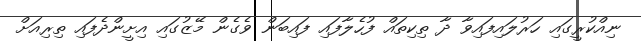
ނިއްކުރީގައި ހަރުލައިފައިވާ ދާ ތިކިތައް ފުހެލާފައި ފައިބަން ވެގެން މޭޒުގައި އިށީންދެފައި ތިރިއަށް